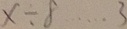
x \div 8 \cdots 3